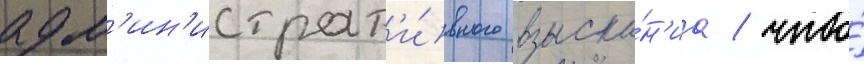
адм'ин'истрат'и́вного взыска́н'иа / что́